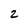
Character: 2